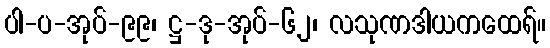
ပါ-ပ-အုပ်-၉၉၊ ဋ္ဌ-ဒု-အုပ်-၆၂၊ လသုဏဒါယကထေရ်။